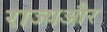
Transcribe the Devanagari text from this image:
राज्यऔर